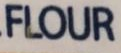
FLOUR